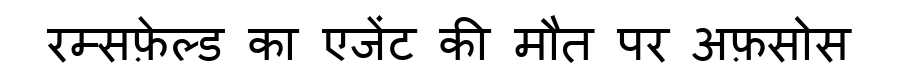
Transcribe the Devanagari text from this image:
रम्सफ़ेल्ड का एजेंट की मौत पर अफ़सोस